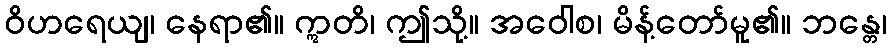
ဝိဟရေယျ၊ နေရာ၏။ ဣတိ၊ ဤသို့။ အဝေါစ၊ မိန့်တော်မူ၏။ ဘန္တေ၊